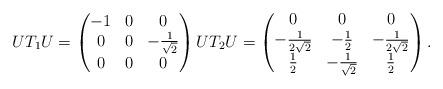
LaTeX: \begin{align*}U T_1 U = \begin{pmatrix} -1 & 0 & 0 \\ 0 & 0 & - \frac{1}{\sqrt{2}} \\ 0 & 0 & 0 \end{pmatrix} U T_2 U = \begin{pmatrix} 0 & 0 & 0 \\ - \frac{1}{2 \sqrt{2}} & - \frac{1}{2} & - \frac{1}{2\sqrt{2}} \\ \frac{1}{2} & - \frac{1}{\sqrt{2}} & \frac{1}{2} \end{pmatrix}.\end{align*}